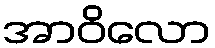
အာဝိလော